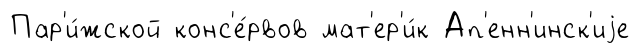
Пар'и́жской конс'е́рвов мат'ер'и́к Ап'енн'инск'иjе